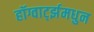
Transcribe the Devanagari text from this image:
हॉग्वार्ट्झमधुन